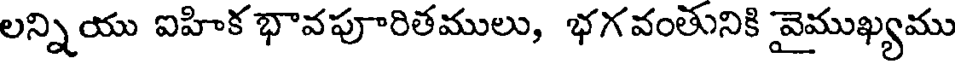
లన్నియు ఐహిక భావపూరితములు, భగవంతునికి వైముఖ్యము